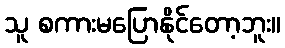
သူ စကားမပြောနိုင်တော့ဘူး။